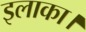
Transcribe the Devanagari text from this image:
इलाका।